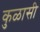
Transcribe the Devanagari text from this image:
कुळासी